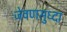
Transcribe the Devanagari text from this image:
जेवणसुध्दा